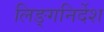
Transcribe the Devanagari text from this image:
लिङ्गनिर्देश